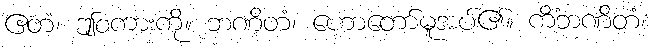
ဧတံ၊ ဤစကားကို။ ဘဏိတံ၊ ဟောတော်မူအပ်၏။ ကိံဘဏိတံ၊